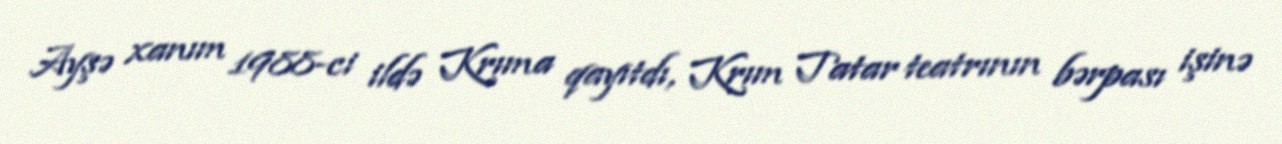
Ayşə xanım 1988-ci ildə Krıma qayıtdı, Krım Tatar teatrının bərpası işinə